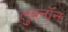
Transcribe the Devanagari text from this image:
लुबनॉन